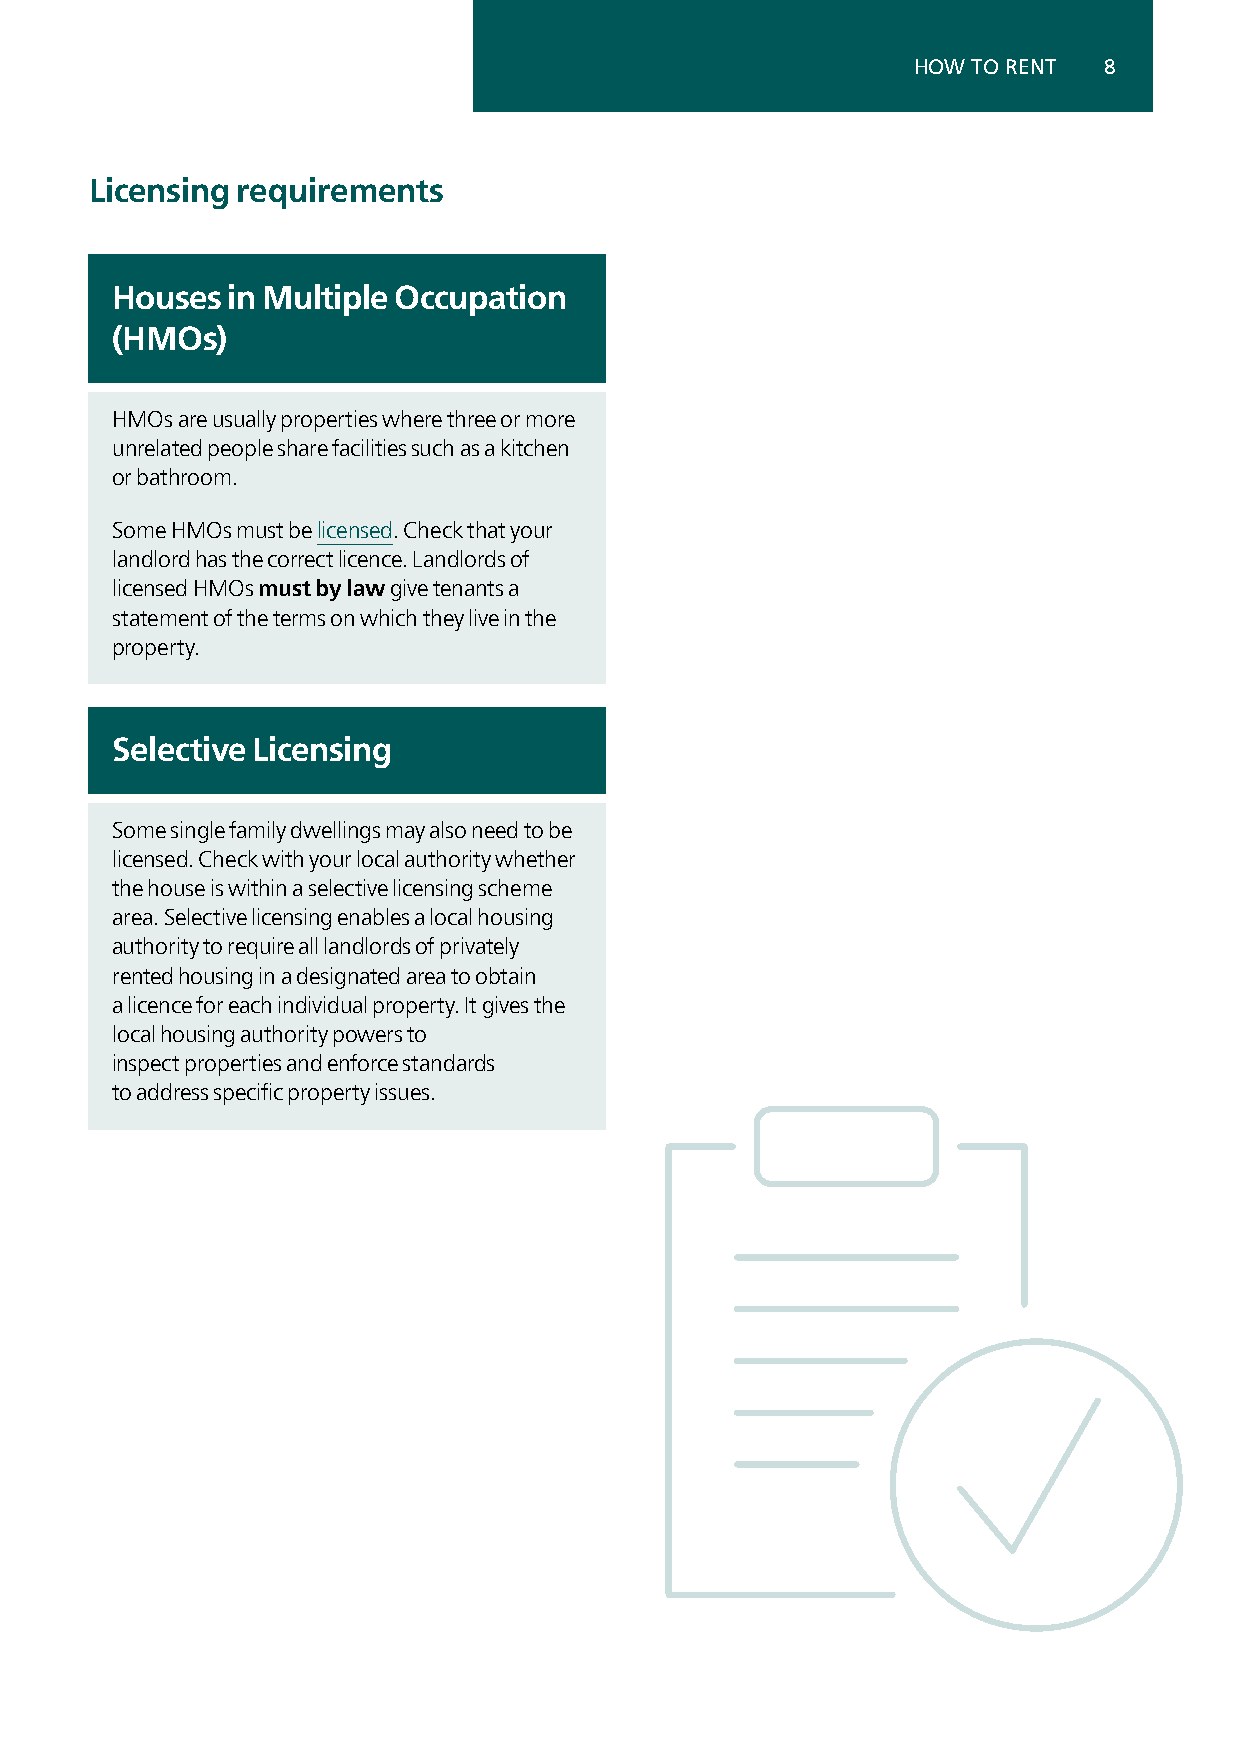
HOW TO RENT  8
 Licensing requirements
 Houses  in Multiple Occupation
 (HMOs)
 HMOs are usually properties where three or more
 unrelated people share facilities such as a kitchen
 or bathroom.
 Some HMOs must be licensed. Check that your
 landlord has the correct licence. Landlords of
 licensed HMOs must by law give tenants a
 statement of the terms on which they live in the
 property.
 Selective Licensing
 Some single family dwellings may also need to be
 licensed. Check with your local authority whether
 the house is within a selective licensing scheme
 area. Selective licensing enables a local housing
 authority to require all landlords of privately
 rented housing in a designated area to obtain
 a licence for each individual property. It gives the
 local housing authority powers to
 inspect properties and enforce standards
 to address specific property issues.